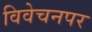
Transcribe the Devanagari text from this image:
विवेचनपर